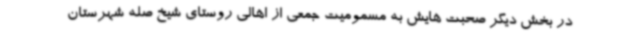
در بخش دیگر صحبت هایش به مسمومیت جمعی از اهالی روستای شیخ صله شهرستان